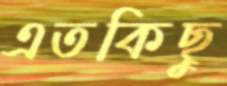
এতকিছু